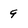
Character: 9